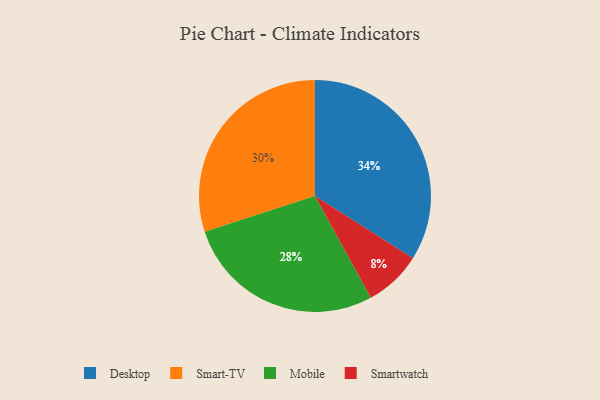
{"axis": {"x": "Category", "y": "Percentage"}, "legend": ["Desktop", "Mobile", "Smart-TV", "Smartwatch"], "data": [{"x": "Mobile", "y": 28, "type": "Mobile"}, {"x": "Desktop", "y": 34, "type": "Desktop"}, {"x": "Smartwatch", "y": 8, "type": "Smartwatch"}, {"x": "Smart-TV", "y": 30, "type": "Smart-TV"}]}